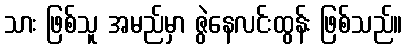
သား ဖြစ်သူ အမည်မှာ ဇွဲနေလင်းထွန်း ဖြစ်သည်။